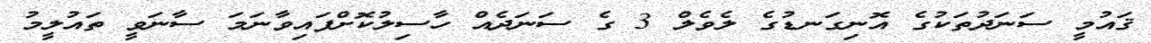
ޤައުމީ ސަނަދުތަކުގެ އޮނިގަނޑުގެ ލެވެލް 3 ގެ ސަނަދެއް ހާސިލުކޮށްފައިވާނަމަ ސާނަވީ ތައުލީމު